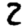
Digit: 2